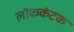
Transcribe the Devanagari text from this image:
लोककंटक